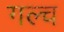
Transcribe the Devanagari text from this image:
गल्च